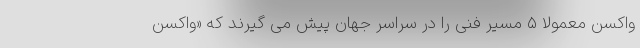
واکسن معمولاً ۵ مسیر فنی را در سراسر جهان پیش می گیرند که «واکسن